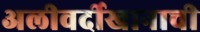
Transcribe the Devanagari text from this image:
अलीवर्दीखानाची